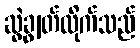
ဆွဲချွတ်လိုက်သည်